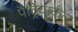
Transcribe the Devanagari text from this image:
पैट्रियार्कल